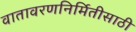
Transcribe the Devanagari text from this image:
वातावरणनिर्मितीसाठी